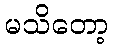
မသိတော့